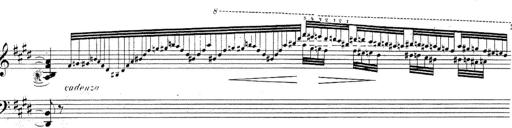
Title: Le rossignol
Composer: Franz Liszt